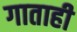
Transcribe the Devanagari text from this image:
गाताही